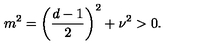
m ^ { 2 } = \left( \frac { d - 1 } { 2 } \right) ^ { 2 } + \nu ^ { 2 } > 0 .